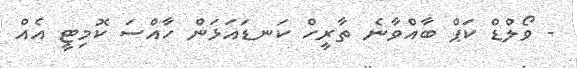
- ވޯލްޑް ކަޕް ބާއްވާނެ ތާރީހް ކަނޑައަޅަން ހާއްސަ ކޮމިޓީ އެއް